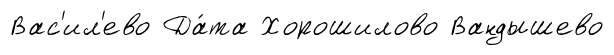
Вас'ил'ево Да́та Хорошилово Вандышево